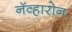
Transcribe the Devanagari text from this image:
नॅव्हारोन